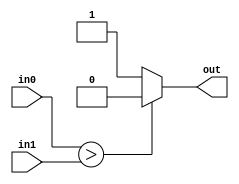
module compare(in0, in1, out);
input [7:0] in0;
input [7:0] in1;
output out;

assign out = (in0 > in1) ? 1'b0 : 1'b1;

endmodule